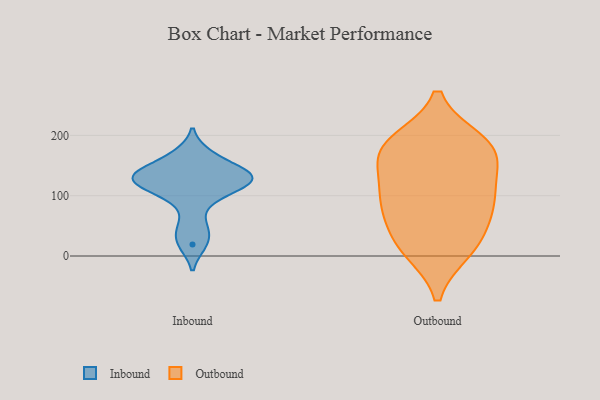
{"axis": {"x": "Operating Costs (USD K)", "y": "Value"}, "legend": ["Inbound", "Outbound"], "data": [{"x": "", "y": 118, "type": "Inbound"}, {"x": "", "y": 137, "type": "Inbound"}, {"x": "", "y": 120, "type": "Inbound"}, {"x": "", "y": 47, "type": "Inbound"}, {"x": "", "y": 94, "type": "Inbound"}, {"x": "", "y": 131, "type": "Inbound"}, {"x": "", "y": 128, "type": "Inbound"}, {"x": "", "y": 19, "type": "Inbound"}, {"x": "", "y": 169, "type": "Inbound"}, {"x": "", "y": 146, "type": "Inbound"}, {"x": "", "y": 75, "type": "Outbound"}, {"x": "", "y": 166, "type": "Outbound"}, {"x": "", "y": 100, "type": "Outbound"}, {"x": "", "y": 70, "type": "Outbound"}, {"x": "", "y": 102, "type": "Outbound"}, {"x": "", "y": 27, "type": "Outbound"}, {"x": "", "y": 119, "type": "Outbound"}, {"x": "", "y": 14, "type": "Outbound"}, {"x": "", "y": 181, "type": "Outbound"}, {"x": "", "y": 170, "type": "Outbound"}, {"x": "", "y": 181, "type": "Outbound"}, {"x": "", "y": 10, "type": "Outbound"}, {"x": "", "y": 189, "type": "Outbound"}]}